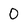
Character: 0